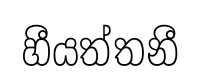
හීයත්තනී